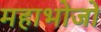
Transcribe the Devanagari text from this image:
महाभोजों